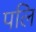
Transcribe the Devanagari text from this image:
पलि